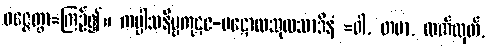
ဝဇ္ဇေတွာ=ကြဉ်၍။ ကပ္ပါသနိမ္ဗကုဋဇ-ပဋောလသုလသာဒိနံ =ဝါ, တမာ, လက်ထုတ်,